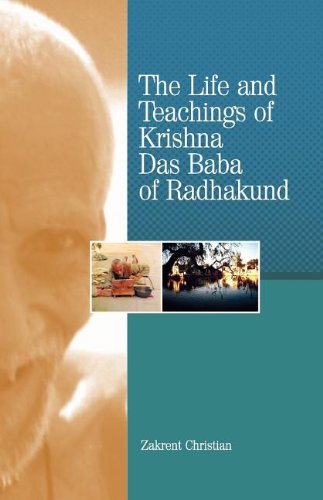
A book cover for The Life and Teachings of Krishna Das Baba of Radhakund; Zakrent Christian; Religion & Spirituality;